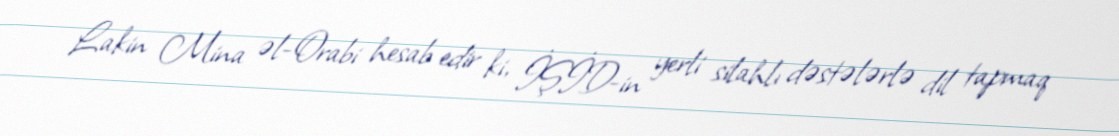
Lakin Mina əl-Orabi hesab edir ki, İŞİD-in yerli silahlı dəstələrlə dil tapmaq